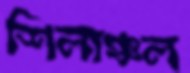
শিলাঞ্চল